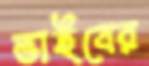
ভাইবের